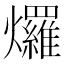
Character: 𤓓